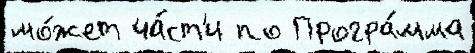
мо́жет ча́ст'и по Програ́мма